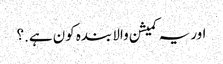
اور یہ کمیشن والا بندہ کون ہے.؟